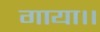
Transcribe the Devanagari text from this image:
गाया।।